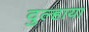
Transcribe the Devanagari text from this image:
दुल्हाया